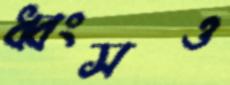
ধ্বংসও